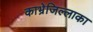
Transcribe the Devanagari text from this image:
काभ्रेजिल्लाका